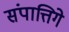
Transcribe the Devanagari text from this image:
संपात्तिगे